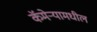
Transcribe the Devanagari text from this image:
कॅमेऱ्यामधील